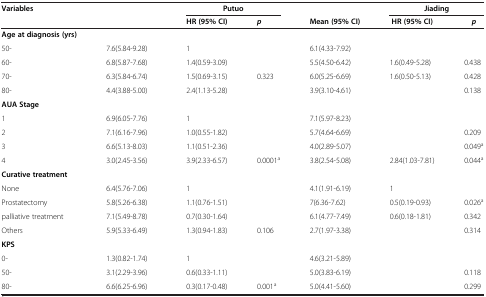
<table><thead><tr><td><b>Variables</b></td><td>[EMPTY_CELL]</td><td colspan="2"><b>Putuo</b></td><td>[EMPTY_CELL]</td><td colspan="2"><b>Jiading</b></td></tr><tr><td>[EMPTY_CELL]</td><td>[EMPTY_CELL]</td><td><b>HR (95% CI)</b></td><td><b><i>p</i></b></td><td><b>Mean (95% CI)</b></td><td><b>HR (95% CI)</b></td><td><b><i>p</i></b></td></tr></thead><tbody><tr><td><b>Age at diagnosis (yrs)</b></td><td>[EMPTY_CELL]</td><td>[EMPTY_CELL]</td><td>[EMPTY_CELL]</td><td>[EMPTY_CELL]</td><td>[EMPTY_CELL]</td><td>[EMPTY_CELL]</td></tr><tr><td>50-</td><td>7.6(5.84-9.28)</td><td>1</td><td>[EMPTY_CELL]</td><td>6.1(4.33-7.92)</td><td>[EMPTY_CELL]</td><td>[EMPTY_CELL]</td></tr><tr><td>60-</td><td>6.8(5.87-7.68)</td><td>1.4(0.59-3.09)</td><td>[EMPTY_CELL]</td><td>5.5(4.50-6.42)</td><td>1.6(0.49-5.28)</td><td>0.438</td></tr><tr><td>70-</td><td>6.3(5.84-6.74)</td><td>1.5(0.69-3.15)</td><td>0.323</td><td>6.0(5.25-6.69)</td><td>1.6(0.50-5.13)</td><td>0.428</td></tr><tr><td>80-</td><td>4.4(3.88-5.00)</td><td>2.4(1.13-5.28)</td><td>[EMPTY_CELL]</td><td>3.9(3.10-4.61)</td><td>[EMPTY_CELL]</td><td>0.138</td></tr><tr><td><b>AUA Stage</b></td><td>[EMPTY_CELL]</td><td>[EMPTY_CELL]</td><td>[EMPTY_CELL]</td><td>[EMPTY_CELL]</td><td>[EMPTY_CELL]</td><td>[EMPTY_CELL]</td></tr><tr><td>1</td><td>6.9(6.05-7.76)</td><td>1</td><td>[EMPTY_CELL]</td><td>7.1(5.97-8.23)</td><td>[EMPTY_CELL]</td><td>[EMPTY_CELL]</td></tr><tr><td>2</td><td>7.1(6.16-7.96)</td><td>1.0(0.55-1.82)</td><td>[EMPTY_CELL]</td><td>5.7(4.64-6.69)</td><td>[EMPTY_CELL]</td><td>0.209</td></tr><tr><td>3</td><td>6.6(5.13-8.03)</td><td>1.1(0.51-2.36)</td><td>[EMPTY_CELL]</td><td>4.0(2.89-5.07)</td><td>[EMPTY_CELL]</td><td>0.049<sup>a</sup></td></tr><tr><td>4</td><td>3.0(2.45-3.56)</td><td>3.9(2.33-6.57)</td><td>0.0001<sup>a</sup></td><td>3.8(2.54-5.08)</td><td>2.84(1.03-7.81)</td><td>0.044<sup>a</sup></td></tr><tr><td colspan="2"><b>Curative treatment</b></td><td>[EMPTY_CELL]</td><td>[EMPTY_CELL]</td><td>[EMPTY_CELL]</td><td>[EMPTY_CELL]</td><td>[EMPTY_CELL]</td></tr><tr><td>None</td><td>6.4(5.76-7.06)</td><td>1</td><td>[EMPTY_CELL]</td><td>4.1(1.91-6.19)</td><td>1</td><td>[EMPTY_CELL]</td></tr><tr><td>Prostatectomy</td><td>5.8(5.26-6.38)</td><td>1.1(0.76-1.51)</td><td>[EMPTY_CELL]</td><td>7(6.36-7.62)</td><td>0.5(0.19-0.93)</td><td>0.026<sup>a</sup></td></tr><tr><td>palliative treatment</td><td>7.1(5.49-8.78)</td><td>0.7(0.30-1.64)</td><td>[EMPTY_CELL]</td><td>6.1(4.77-7.49)</td><td>0.6(0.18-1.81)</td><td>0.342</td></tr><tr><td>Others</td><td>5.9(5.33-6.49)</td><td>1.3(0.94-1.83)</td><td>0.106</td><td>2.7(1.97-3.38)</td><td>[EMPTY_CELL]</td><td>0.314</td></tr><tr><td><b>KPS</b></td><td>[EMPTY_CELL]</td><td>[EMPTY_CELL]</td><td>[EMPTY_CELL]</td><td>[EMPTY_CELL]</td><td>[EMPTY_CELL]</td><td>[EMPTY_CELL]</td></tr><tr><td>0-</td><td>1.3(0.82-1.74)</td><td>1</td><td>[EMPTY_CELL]</td><td>4.6(3.21-5.89)</td><td>[EMPTY_CELL]</td><td>[EMPTY_CELL]</td></tr><tr><td>50-</td><td>3.1(2.29-3.96)</td><td>0.6(0.33-1.11)</td><td>[EMPTY_CELL]</td><td>5.0(3.83-6.19)</td><td>[EMPTY_CELL]</td><td>0.118</td></tr><tr><td>80-</td><td>6.6(6.25-6.96)</td><td>0.3(0.17-0.48)</td><td>0.001<sup>a</sup></td><td>5.0(4.41-5.60)</td><td>[EMPTY_CELL]</td><td>0.299</td></tr></tbody></table>